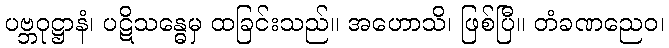
ပဗ္ဘဝုဋ္ဌာနံ၊ ပဋိသန္ဓေမှ ထခြင်းသည်။ အဟောသိ၊ ဖြစ်ပြီ။ တံခဏညေဝ၊